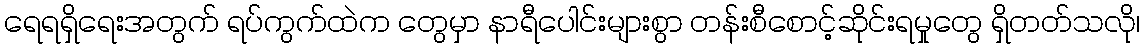
ရေရရှိရေးအတွက် ရပ်ကွက်ထဲက တွေမှာ နာရီပေါင်းများစွာ တန်းစီစောင့်ဆိုင်းရမှုတွေ ရှိတတ်သလို၊